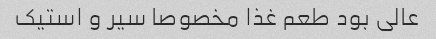
عالی بود طعم غذا مخصوصا سیر و استیک